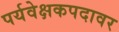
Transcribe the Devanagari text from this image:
पर्यवेक्षकपदावर